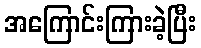
အကြောင်းကြားခဲ့ပြီး